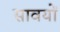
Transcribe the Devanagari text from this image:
सावयों